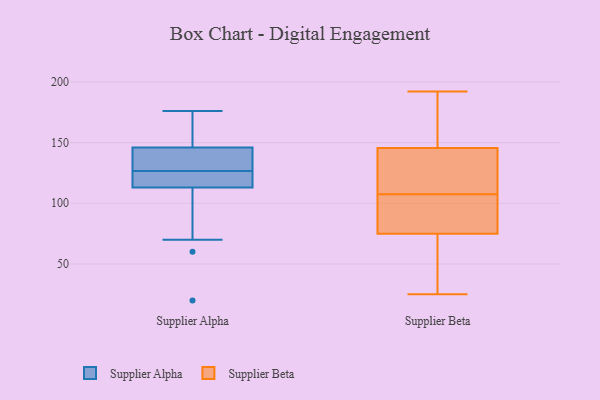
{"axis": {"x": "Production Output", "y": "Value"}, "legend": ["Supplier Alpha", "Supplier Beta"], "data": [{"x": "", "y": 60, "type": "Supplier Alpha"}, {"x": "", "y": 135, "type": "Supplier Alpha"}, {"x": "", "y": 163, "type": "Supplier Alpha"}, {"x": "", "y": 146, "type": "Supplier Alpha"}, {"x": "", "y": 132, "type": "Supplier Alpha"}, {"x": "", "y": 119, "type": "Supplier Alpha"}, {"x": "", "y": 161, "type": "Supplier Alpha"}, {"x": "", "y": 164, "type": "Supplier Alpha"}, {"x": "", "y": 100, "type": "Supplier Alpha"}, {"x": "", "y": 70, "type": "Supplier Alpha"}, {"x": "", "y": 176, "type": "Supplier Alpha"}, {"x": "", "y": 115, "type": "Supplier Alpha"}, {"x": "", "y": 20, "type": "Supplier Alpha"}, {"x": "", "y": 113, "type": "Supplier Alpha"}, {"x": "", "y": 120, "type": "Supplier Alpha"}, {"x": "", "y": 138, "type": "Supplier Alpha"}, {"x": "", "y": 143, "type": "Supplier Alpha"}, {"x": "", "y": 121, "type": "Supplier Alpha"}, {"x": "", "y": 112, "type": "Supplier Beta"}, {"x": "", "y": 147, "type": "Supplier Beta"}, {"x": "", "y": 57, "type": "Supplier Beta"}, {"x": "", "y": 103, "type": "Supplier Beta"}, {"x": "", "y": 113, "type": "Supplier Beta"}, {"x": "", "y": 122, "type": "Supplier Beta"}, {"x": "", "y": 25, "type": "Supplier Beta"}, {"x": "", "y": 164, "type": "Supplier Beta"}, {"x": "", "y": 92, "type": "Supplier Beta"}, {"x": "", "y": 62, "type": "Supplier Beta"}, {"x": "", "y": 51, "type": "Supplier Beta"}, {"x": "", "y": 192, "type": "Supplier Beta"}, {"x": "", "y": 93, "type": "Supplier Beta"}, {"x": "", "y": 179, "type": "Supplier Beta"}, {"x": "", "y": 144, "type": "Supplier Beta"}, {"x": "", "y": 88, "type": "Supplier Beta"}]}